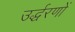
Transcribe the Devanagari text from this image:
उर्द्धरणों